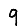
Digit: 9